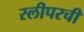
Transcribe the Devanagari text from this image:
स्लीपरची